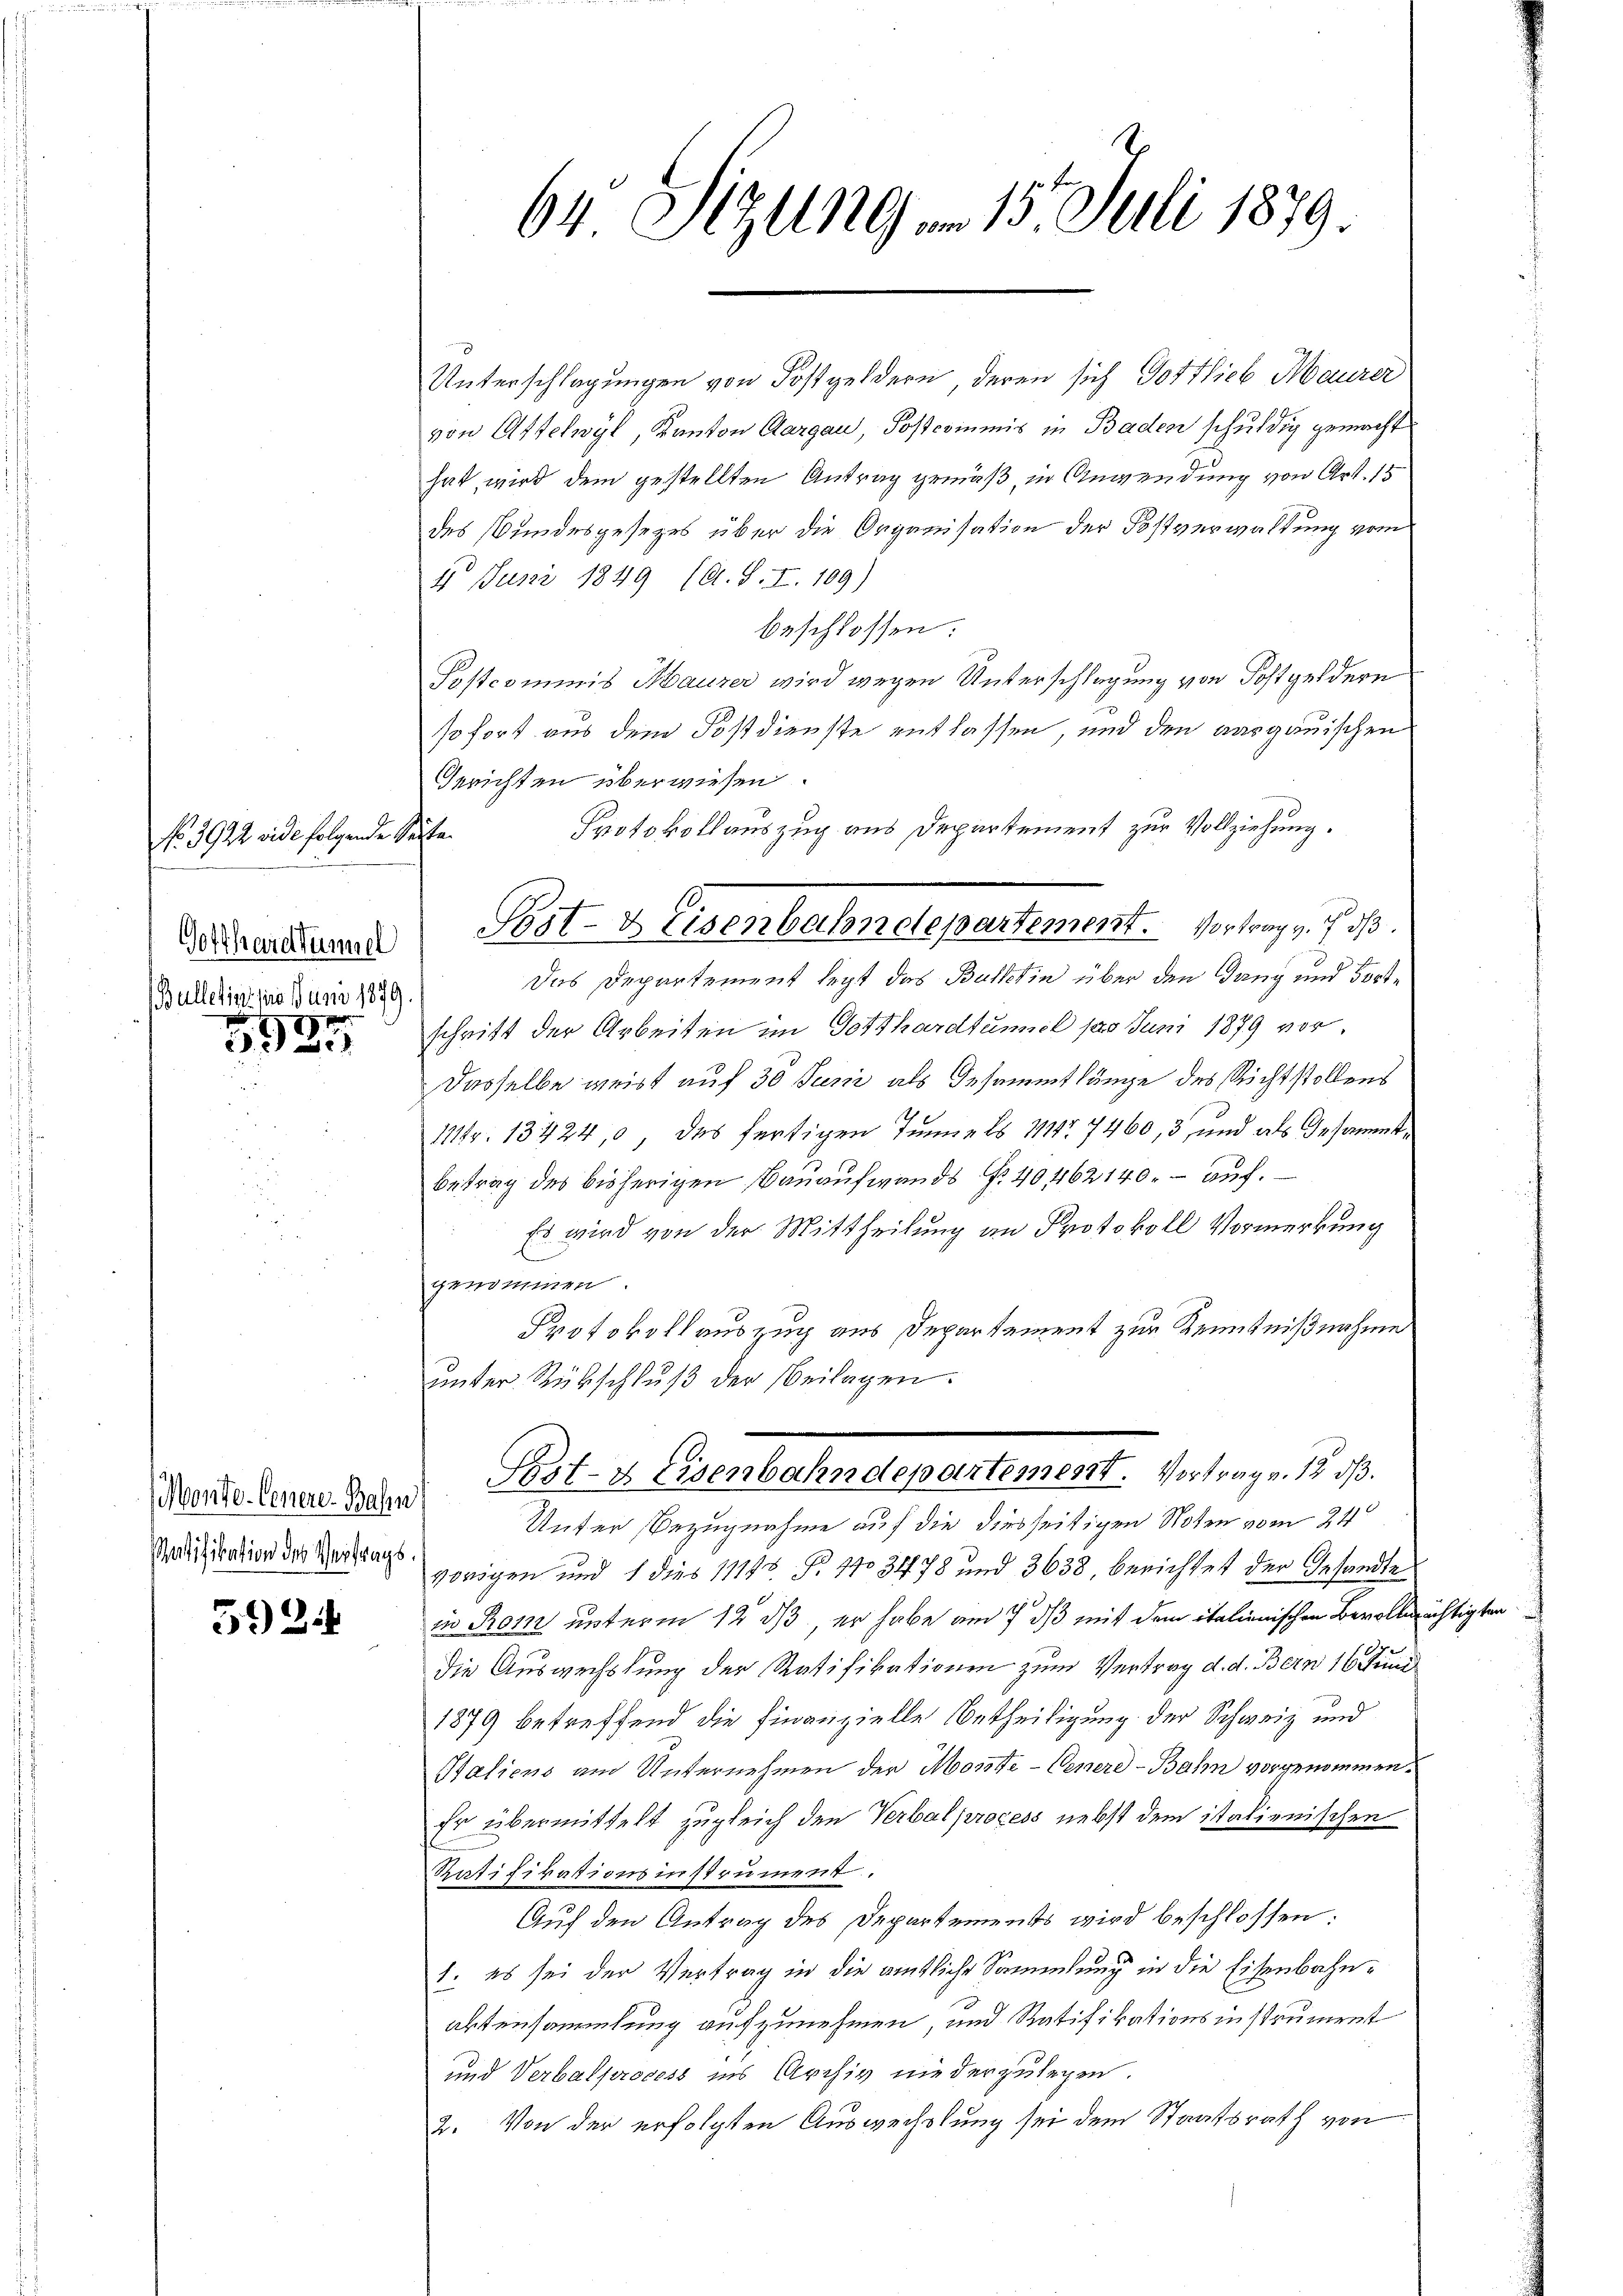
No. 3922 vide folgende Seite
Gotthardtümmel
Bulletins pro Juni 1879.

3935

Ratifikation des Vertrags¬

5924

Unterschlagungen von Kostgeldern, deren sich Gottlieb Maurer
von Attelwyl, Kanton Aargau, Postcommis in Baden schuldig gemacht
hat, wird dem gestellten Antrag gemäß, in Anwendung von Art. 15
des Bundesgesezes über die Organisation der Postverwaltung vom
4 Juni 1849 (A.S. I. 109)
beschlossen:
Postcommis Maurer wird wegen Unterschlagung von Kostgeldern
sofort aus dem Postdienste entlassen und den aargauischen
Gerichten überwiesen.
Protokollauszug aus Departement zur Vollziehung.
Das Departement legt das Butterin über den Gang und dortschrift der Arbeiten im Gotthardtumol pro Juni 1879 vor.
Dasselbe weist auf 30 Juni als Gesammtlänge des Richtstollens
11fr. 13424,0, das fertigen Tunnels 111 7460, 3, und als Gesammtbetrag des bisherigen Bauaufwands Nr. 40462140. auf.
Es wird von der Mittheilung an Protokoll Vormerkung
genommen
Protokollauszug aus Departement zur Kenntnißnahme
ŭnter Rückschlŭβ der Beilagen.
Mende Genere Bahn Post- & Eisenbahndepartement. Vortrag v. 12 ds.
Unter Bezugnahme auf die diesseitigen Noten vom 24t
vorigen und 1 dies 11148. Fr. 1103478 und 3638, berichtet der Gesandte
d
zu Rom unterm 12 dß er habe am 7. ds mit dem italienischen Bevollmächtigten
die Auswechslung der Ratifikationen zum Vertrag d. d. Bern 16 Juni
1879 betreffend die Finanzielle Betheiligung der Schweiz und
Italiens am Unternehmen der Monte-Venere-Bahn vorgenommen.
Er übermittelt zugleich den Verbalprocess nebst dem italienischen
Ratifikationsinstrument.
Auf den Antrag des Departements wird beschlossen:
1. es sei der Vertrag in die amtliche Sammlung in die Eisenbahnalsteinsammlung aufzunehmen, und Ratifikationsinstrument
und Verbalprocess ins Archiv niederzulegen.
2. Von der erfolgten Auswechslung sei dem Staatsrath von

64 Sitzung u. 15. Juli 1879.

Post- & Eisenbahndepartement. Vortrag v. 7. ds